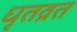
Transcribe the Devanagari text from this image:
धृतव्रत